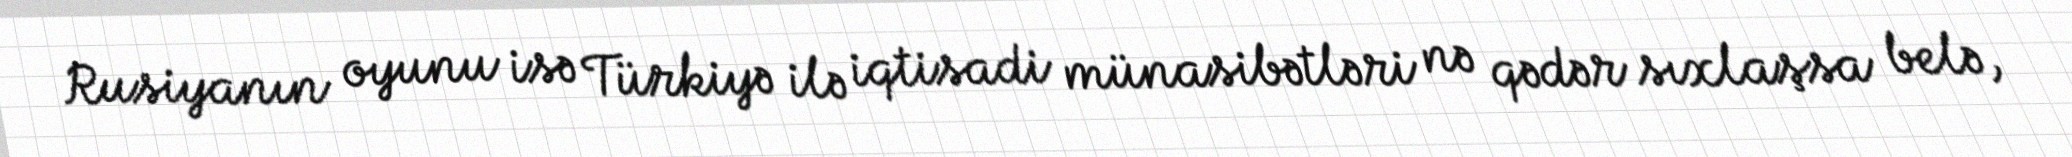
Rusiyanın oyunu isə Türkiyə ilə iqtisadi münasibətləri nə qədər sıxlaşsa belə,